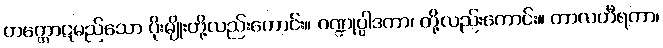
တက္ကောဋမည်သော ပိုးမျိုးတို့လည်းကောင်း။ ဂဏ္ဍုပ္ပါဒကာ၊ တို့လည်းကောင်း။ တာလဟီရကာ၊